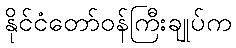
နိုင်ငံတော်ဝန်ကြီးချုပ်က